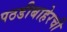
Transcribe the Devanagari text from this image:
पठडीबाहेरची